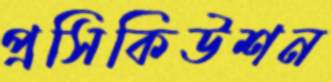
প্রসিকিউশন